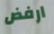
ارفض